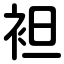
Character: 袒